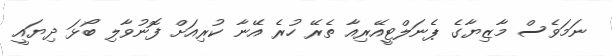
ނަމަވެސް މާޒިޔާގެ ޕެނަލްޓީއޭރިއާ ތެރޭ ހުރެ އޭނާ ކުރިއަށް ފޮނުވާލި ބޯޅަ ދިޔައީ